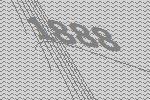
1888